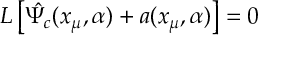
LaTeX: L \left[ \hat { \Psi _ { c } } ( x _ { \mu } , \alpha ) + a ( x _ { \mu } , \alpha ) \right] = 0